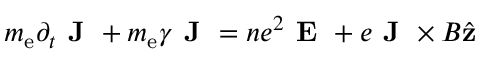
m _ { \mathrm { e } } \partial _ { t } \textbf { J } + m _ { \mathrm { e } } \gamma \textbf { J } = n e ^ { 2 } \textbf { E } + e \textbf { J } \times B \hat { \mathbf { z } }